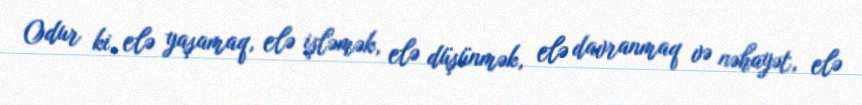
Odur ki, elə yaşamaq, elə işləmək, elə düşünmək, elə davranmaq və nəhayət, elə